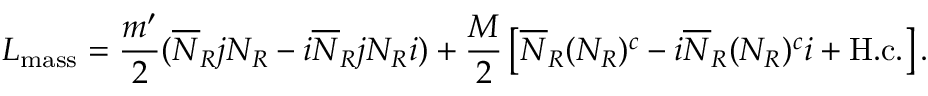
{ \cal L } _ { \mathrm { m a s s } } = \frac { m ^ { \prime } } { 2 } ( \overline { { { N } } } _ { R } j N _ { R } - i \overline { { { N } } } _ { R } j N _ { R } i ) + \frac { M } { 2 } \left[ \overline { { { N } } } _ { R } ( N _ { R } ) ^ { c } - i \overline { { { N } } } _ { R } ( N _ { R } ) ^ { c } i + \mathrm { H . c . } \right] .